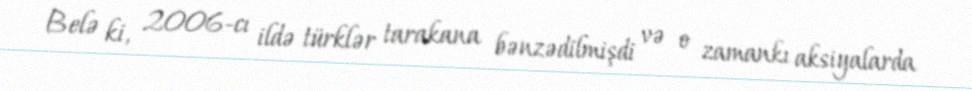
Belə ki, 2006-cı ildə türklər tarakana bənzədilmişdi və o zamankı aksiyalarda